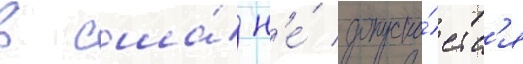
в сша́ н'е́ допуска́етс'я